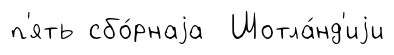
п'ять сбо́рнаjа Шотла́нд'иjи